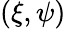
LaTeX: (\xi,\psi)